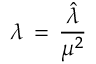
\lambda \, = \, { \frac { \hat { \lambda } } { \mu ^ { 2 } } }